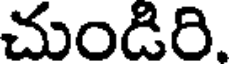
చుండిరి.